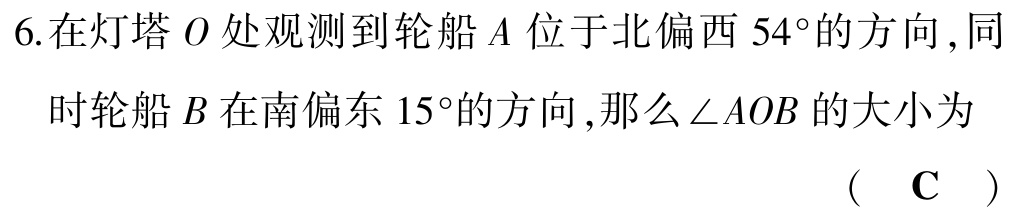
6.在灯塔\(O\)处观测到轮船\(A\)位于北偏西\(54^{\circ}\)的方向,同时轮船\(B\)在南偏东\(15^{\circ}\)的方向,那么\(\angle AOB\)的大小为  （ \(\text{C}\) ）